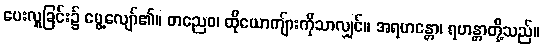
ပေးလှူခြင်း၌ မွေ့လျော်၏။ တညေဝ၊ ထိုယောကျ်ားကိုသာလျှင်။ အရဟန္တော၊ ရဟန္တာတို့သည်။